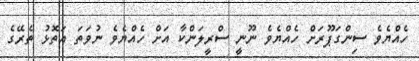
ހެއްޔެވެ ސިންގަޕޫރަށް ހެއްޔެވެ ނޫނީ ސްރީލަންކާ އަށް ހެއްޔެވެ ނުވަތަ އަތޮޅު ތެރޭގެ